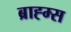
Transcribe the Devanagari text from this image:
ब्राह्म्स